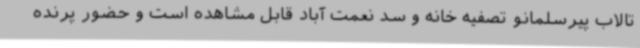
تالاب پیرسلمانو تصفیه خانه و سد نعمت آباد قابل مشاهده است و حضور پرنده